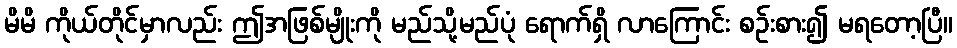
မိမိ ကိုယ်တိုင်မှာလည်း ဤအဖြစ်မျိုးကို မည်သို့မည်ပုံ ရောက်ရှိ လာကြောင်း စဉ်းစား၍ မရတော့ပြီ။